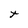
Character: t